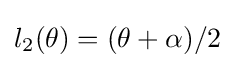
l_{2}(\theta )=(\theta +\alpha )/2